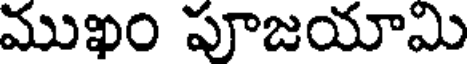
ముఖం పూజయామి